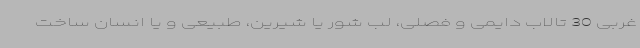
غربی 30 تالاب دایمی و فصلی، لب شور یا شیرین، طبیعی و یا انسان ساخت